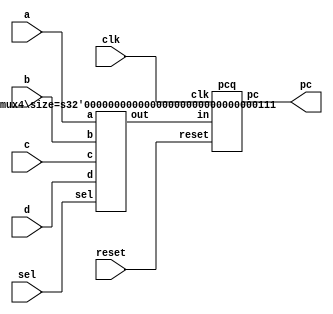
module program_counter(input[6:0] a,b,c,d, input[1:0] sel, input reset,clk, output[6:0] pc);

wire[6:0] temp;
mux4 #(7) m(a,b,c,d,sel, temp);

pcq p(pc, temp,reset,clk);

endmodule


module pcq(output reg[6:0] pc, input[6:0] in,input reset,clk);


always@(posedge clk)
	if(reset)
	pc = 7'd0;
	else
	pc = in;
endmodule

module mux4#(parameter size = 7)(input[size-1:0] a,b,c,d, input [1:0] sel, output reg[size-1:0] out);

always@(a,b,c,d,sel)
case(sel)
0: out =a;
1: out = b;
2: out = c;
3: out = d;
endcase
endmodule